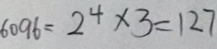
6 0 9 6 = 2 ^ { 4 } \times 3 = 1 2 7